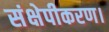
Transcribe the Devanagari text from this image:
संक्षेपीकरण।